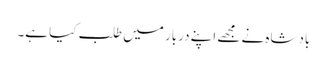
بادشاہ نے مجھے اپنے دربار میں طلب کیا ہے۔